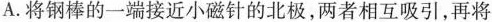
A.将钢棒的一端接近小磁针的北极，两者相互吸引，再将